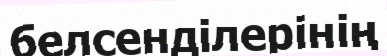
белсенділерінің